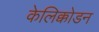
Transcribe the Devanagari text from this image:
केलिक्कोडन